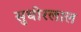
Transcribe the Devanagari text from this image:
सुधीरलाल